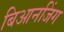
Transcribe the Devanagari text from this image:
बिआनजिंग